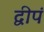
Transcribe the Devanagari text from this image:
द्वीपं